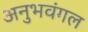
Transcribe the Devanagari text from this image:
अनुभवंगल